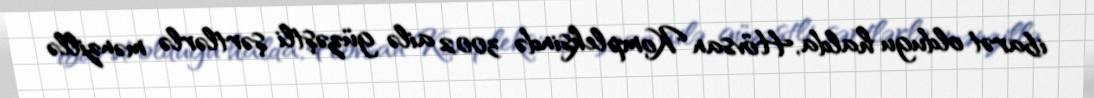
ibarət oldugu halda, Hövsan Kompleksində 3002 ailə güzəştli şərtlərlə mənzillə